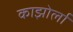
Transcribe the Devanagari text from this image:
काझोर्ला